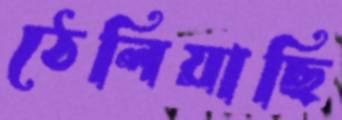
ঠেলিয়াছি